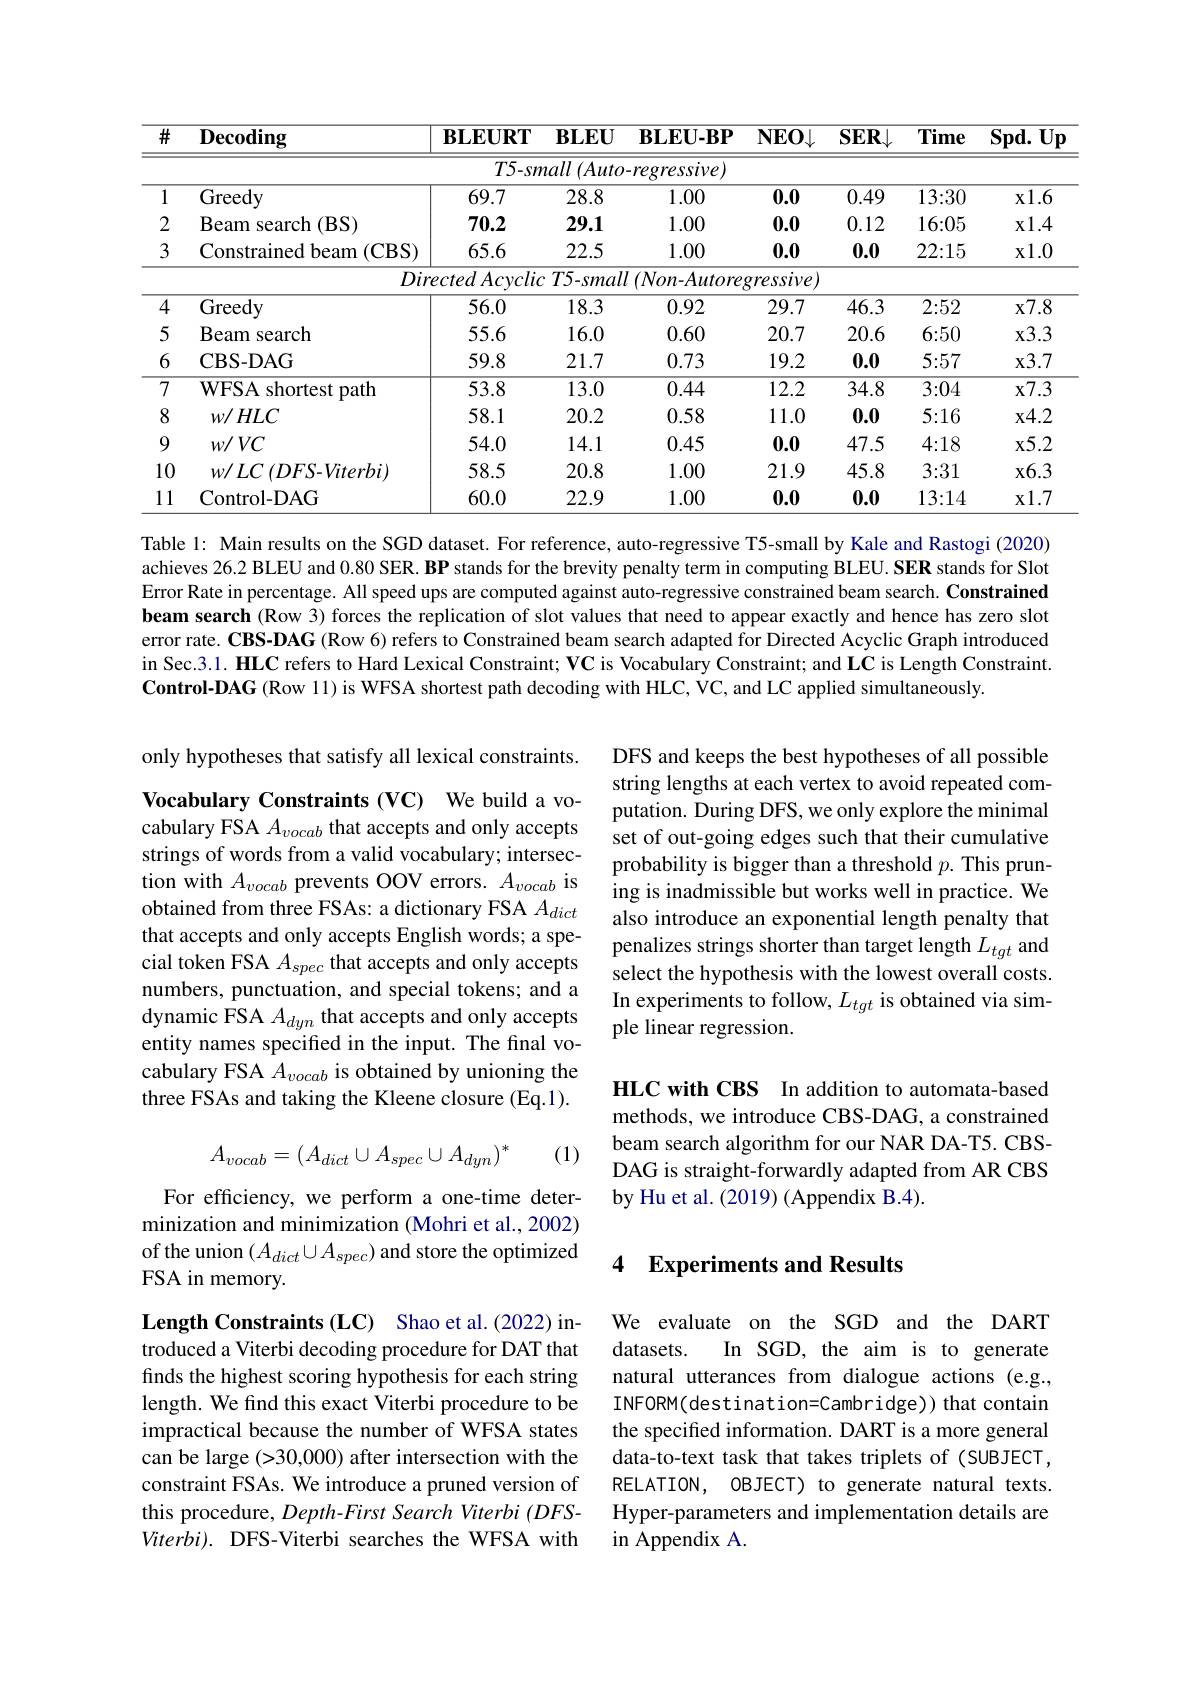
<table>
	<tbody>
		<tr>
			<th>$\overline{\#}$</th>
			<th>$\mathbf{Decoding}$</th>
			<th>$\mathbf{BLEURT}$</th>
			<th>$\mathbf{BLEU}$</th>
			<th>$\mathbf{BLEU-BP}$</th>
			<th>$NEO\downarrow$</th>
			<th>$\overline{\mathbf{SER}\downarrow}$</th>
			<th>Time</th>
			<th>$\overline{\mathbf{Spd.Up}}$</th>
		</tr>
		<tr>
			<td> </td>
			<td> </td>
			<td>$T5-sn$</td>
			<td>nall $( Auto$</td>
			<td>$-regressive)$</td>
			<td> </td>
			<td> </td>
			<td> </td>
			<td> </td>
		</tr>
		<tr>
			<td>1</td>
			<td>Greedy</td>
			<td>69.7</td>
			<td>28.8</td>
			<td>1.00</td>
			<td>0.0</td>
			<td>0.49</td>
			<td>13:30</td>
			<td>$x1.6$</td>
		</tr>
		<tr>
			<td>2</td>
			<td>Beam search $(\mathbf{BS})$</td>
			<td>70.2</td>
			<td>29.1</td>
			<td>1.00</td>
			<td>0.0</td>
			<td>0.12</td>
			<td>16{:}05</td>
			<td>$x1.4$</td>
		</tr>
		<tr>
			<td>3</td>
			<td>Constrainedbeam (CBS)</td>
			<td>65.6</td>
			<td>22.5</td>
			<td>1.00</td>
			<td>0.0</td>
			<td>0.0</td>
			<td>22{:}15</td>
			<td>$x1.0$</td>
		</tr>
		<tr>
			<td> </td>
			<td>Dir</td>
			<td>ectedAcyclic</td>
			<td>$:T5-smal$</td>
			<td>$I\left(Non-Autore\right)$</td>
			<td>$gressive)$</td>
			<td> </td>
			<td> </td>
			<td> </td>
		</tr>
		<tr>
			<td>4</td>
			<td>Greedy</td>
			<td>56.0</td>
			<td>18.3</td>
			<td>0.92</td>
			<td>29.7</td>
			<td>46.3</td>
			<td>2:52</td>
			<td>$x7.8$</td>
		</tr>
		<tr>
			<td>5</td>
			<td>Beam search</td>
			<td>55.6</td>
			<td>16.0</td>
			<td>0.60</td>
			<td>20.7</td>
			<td>20.6</td>
			<td>6{:}50</td>
			<td>$x3.3$</td>
		</tr>
		<tr>
			<td>6</td>
			<td>$\mathbf{CBS-DAG}$</td>
			<td>59.8</td>
			<td>21.7</td>
			<td>0.73</td>
			<td>19.2</td>
			<td>0.0</td>
			<td>5{:}57</td>
			<td>$x3.7$</td>
		</tr>
		<tr>
			<td>7</td>
			<td>WFSA shortest path</td>
			<td>53.8</td>
			<td>13.0</td>
			<td>0.44</td>
			<td>12.2</td>
			<td>34.8</td>
			<td>3:04</td>
			<td>$x7.3$</td>
		</tr>
		<tr>
			<td>8</td>
			<td>$w/HLC$</td>
			<td>58.1</td>
			<td>20.2</td>
			<td>0.58</td>
			<td>11.0</td>
			<td>0.0</td>
			<td>5{:}16</td>
			<td>$x4.2$</td>
		</tr>
		<tr>
			<td>9</td>
			<td>$w/VC$</td>
			<td>54.0</td>
			<td>14.1</td>
			<td>0.45</td>
			<td>0.0</td>
			<td>47.5</td>
			<td>4{:}18</td>
			<td>$x5.2$</td>
		</tr>
		<tr>
			<td>10</td>
			<td>$w/LC\left(DFS-Viterbi\right)$</td>
			<td>58.5</td>
			<td>20.8</td>
			<td>1.00</td>
			<td>21.9</td>
			<td>45.8</td>
			<td>3{:}31</td>
			<td>x6.3</td>
		</tr>
		<tr>
			<td>11</td>
			<td>Control- DAG</td>
			<td>60.0</td>
			<td>22.9</td>
			<td>1.00</td>
			<td>0.0</td>
			<td>0.0</td>
			<td>13:14</td>
			<td>$x1.7$ </td>
		</tr>
	</tbody>
</table>

Table 1: Main results on the SGD dataset. For reference, auto-regressive T5-small by Kale and Rastogi (2020) achieves 26.2 BLEU and 0.80 SER. BP stands for the brevity penalty term in computing BLEU. SER stands for Slot Error Rate in percentage. All speed ups are computed against auto-regressive constrained beam search. Constrained beam search (Row 3) forces the replication of slot values that need to appear exactly and hence has zero slot error rate. CBS-DAG (Row 6) refers to Constrained beam search adapted for Directed Acyclic Graph introduced in Sec.3.1. HIC refers to Hard Lexical Constraint; $\mathbf{VC}$ is Vocabulary Constraint; and LC is Length Constraint. Control-DAG (Row 11) is WFSA shortest path decoding with HLC, VC, and LC applied simultaneously.

only hypotheses that satisfy all lexical constraints.

DFS and keeps the best hypotheses of all possible string lengths at each vertex to avoid repeated computation. During DFS, we only explore the minimal set of out-going edges such that their cumulative probability is bigger than a threshold $p.$ This pruning is inadmissible but works well in practice. We also introduce an exponential length penalty that penalizes strings shorter than target length $L_{tgt}$ and select the hypothesis with the lowest overall costs. In experiments to follow, $L_tgt$ is obtained via simple linear regression.

Vocabulary Constraints (VC) We build a vocabulary FSA $A_vocab$ that accepts and only accepts strings of words from a valid vocabulary; intersection with $A_vocab$ prevents OOV errors. $A_vocab$ is obtained from three FSAs: a dictionary FSA $A_{dict}$ that accepts and only accepts English words; a special token FSA $A_spec$ that accepts and only accepts numbers, punctuation, and special tokens; and a dynamic FSA $A_{dyn}$ that accepts and only accepts entity names specified in the input. The final vocabulary FSA $A_{vocab}$ is obtained by unioning the three FSAs and taking the Kleene closure (Eq.1).

HLC with CBS In addition to automata-based methods, we introduce CBS-DAG, a constrained beam search algorithm for our NAR DA-T5. CBSDAG is straight-forwardly adapted from AR CBS by Hu et al. (2019) (Appendix B.4).

(1)
$$A_{vocab}=(A_{dict}\cup A_{spec}\cup A_{dyn})^*$$
For efficiency, we perform a one-time determinization and minimization (Mohri et al., 2002) of the union $(A_dict\cup A_{spec})$ and store the optimized FSA in memory.

## 4 Experiments and Results

We evaluate on the SGD and the DART
datasets.
In SGD, the aim is to generate
natural utterances from dialogue actions (e.g., INFORM(destination=Cambridge)) that contain the specified information. DART is a more general data-to-text task that takes triplets of (SUBJECT, RELATION, OBJECT) to generate natural texts. Hyper-parameters and implementation details are in Appendix A.

Length Constraints (LC) Shao et al.(2022) introduced a Viterbi decoding procedure for DAT that finds the highest scoring hypothesis for each string length. We find this exact Viterbi procedure to be impractical because the number of WFSA states can be large (>30,000) after intersection with the constraint FSAs. We introduce a pruned version of this procedure, Depth-First Search Viterbi (DFSViterbi). DFS-Viterbi searches the WFSA with